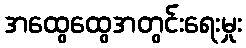
အထွေထွေအတွင်းရေးမှုး